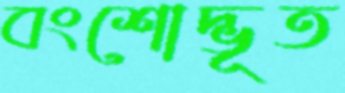
বংশোদ্ভূত